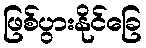
ဖြစ်ပွားနိုင်ခြေ